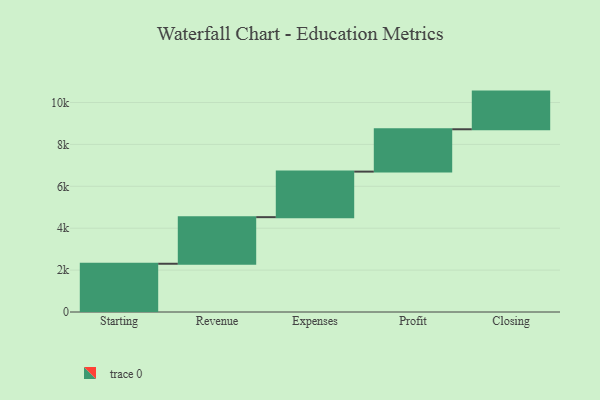
{"axis": {"x": "Step", "y": "Value"}, "legend": [""], "data": [{"x": "Starting", "y": 2303.0, "type": ""}, {"x": "Revenue", "y": 2224.0, "type": ""}, {"x": "Expenses", "y": 2174.0, "type": ""}, {"x": "Profit", "y": 2021.0, "type": ""}, {"x": "Closing", "y": 1798.0, "type": ""}]}